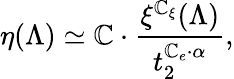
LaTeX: \eta(\Lambda)\simeq\mathbb{C}\cdot\frac{{\xi^{\mathbb{C}_{\xi}}(\Lambda)}}{{t_{2}^{\mathbb{C}_{e}\cdot\alpha}}},